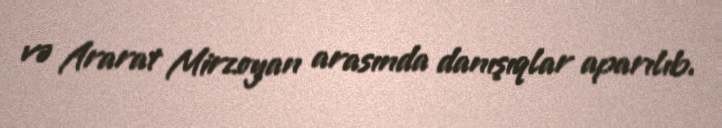
və Ararat Mirzoyan arasında danışıqlar aparılıb.